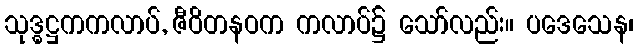
သုဒ္ဓဋ္ဌကကလာပ်, ဇီဝိတနဝက ကလာပ်၌ သော်လည်း။ ပဒေသေန၊